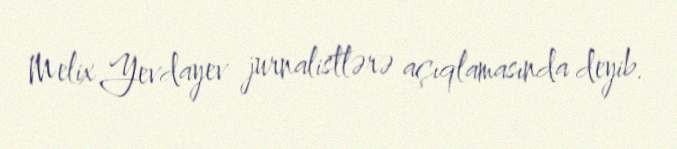
Melix Yevdayev jurnalistlərə açıqlamasında deyib.